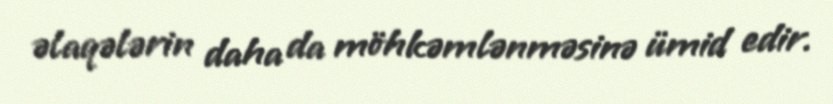
əlaqələrin daha da möhkəmlənməsinə ümid edir.